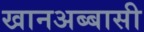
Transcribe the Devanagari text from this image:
खानअब्बासी